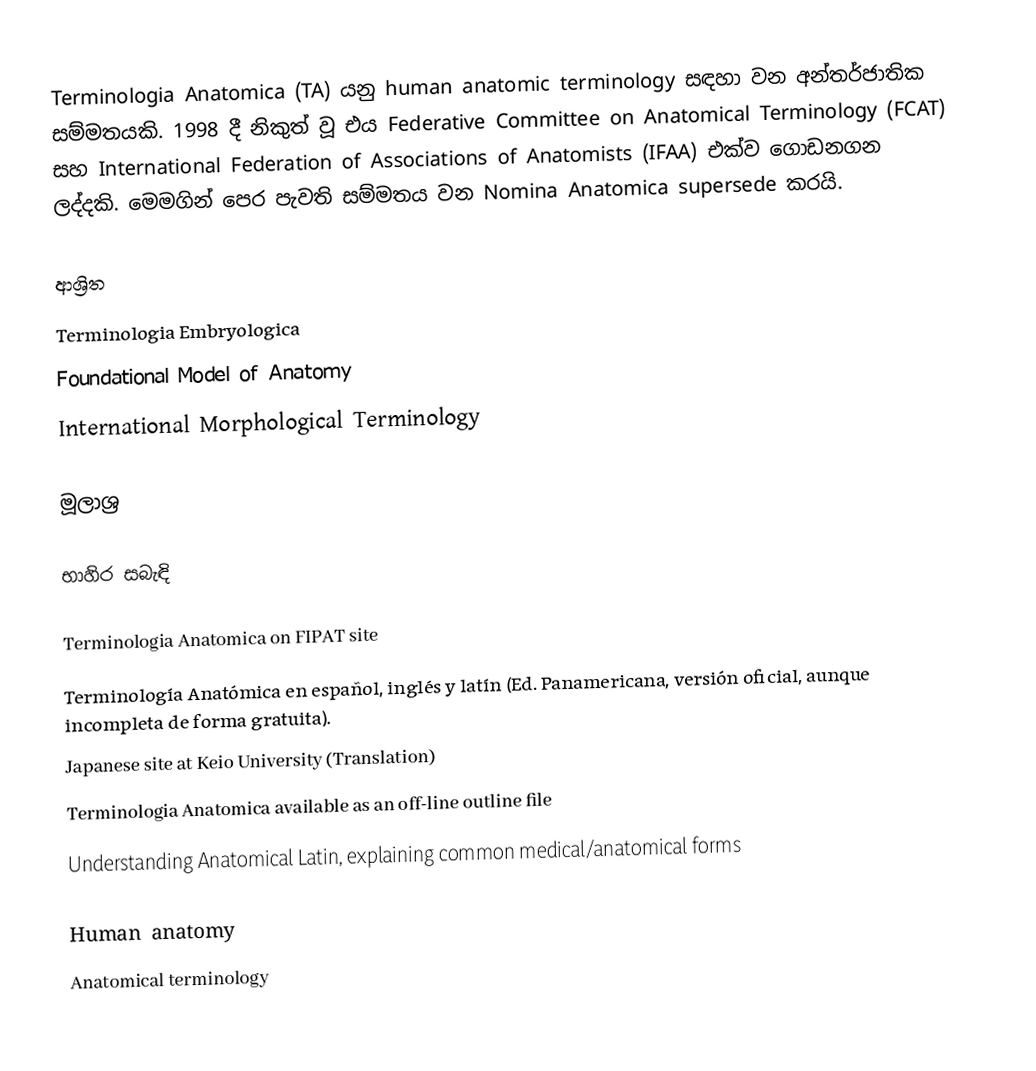
Terminologia Anatomica (TA) යනු human anatomic terminology සඳහා වන  අන්තර්ජාතික සම්මතයකි. 1998 දී නිකුත් වූ එය Federative Committee on Anatomical Terminology (FCAT) සහ International Federation of Associations of Anatomists (IFAA) එක්ව ගොඩනගන ලද්දකි.  මෙමගින් පෙර පැවති සම්මතය වන  Nomina Anatomica supersede කරයි.

ආශ්‍රිත
 Terminologia Embryologica
 Foundational Model of Anatomy
 International Morphological Terminology

මූලාශ්‍ර

භාහිර සබැඳි

 Terminologia Anatomica on FIPAT site
 Terminología Anatómica en español, inglés y latín (Ed. Panamericana, versión oficial, aunque incompleta de forma gratuita).
 Japanese site at Keio University (Translation)
 Terminologia Anatomica available as an off-line outline file
 Understanding Anatomical Latin, explaining common medical/anatomical forms

Human anatomy
Anatomical terminology